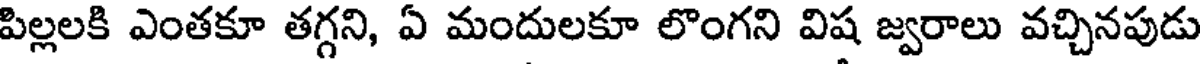
పిల్లలకి ఎంతకూ తగ్గని, ఏ మందులకూ లొంగని విష జ్వరాలు వచ్చినపుడు